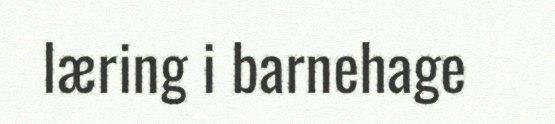
læring i barnehage